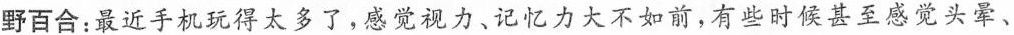
野百合：最近手机玩得太多了，感觉视力、记忆力大不如前，有些时候甚至感觉头晕、